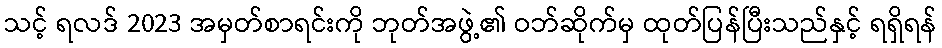
သင့် ရလဒ် 2023 အမှတ်စာရင်းကို ဘုတ်အဖွဲ့၏ ဝဘ်ဆိုက်မှ ထုတ်ပြန်ပြီးသည်နှင့် ရရှိရန်